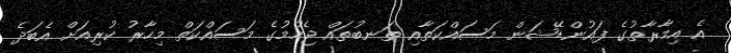
އެ އިމާރާތުގެ ފައުންޑޭޝަން މަސައްކަތާއި ތަނބުތައް ޖެހުމުގެ މަސައްކަތް މިހާރު ކުރިއަށް އެބަދެ